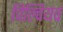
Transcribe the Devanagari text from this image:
विल्वियव